Annual statistical returns and brief notes on vaccination in Bengal - 1887-1898
Year: 1887
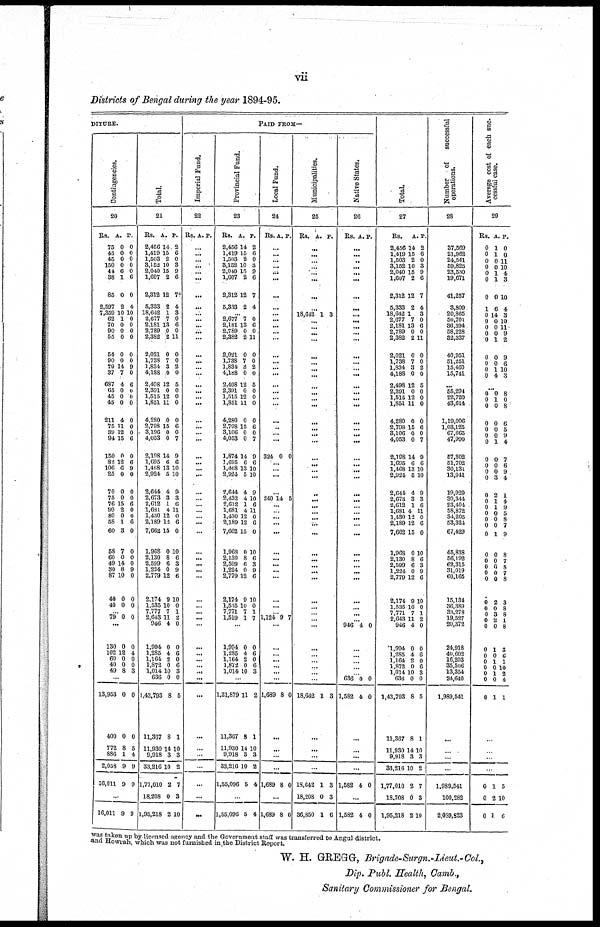
vii
Districts of Bengal during the year 1894-95.
DITURE.
Contingencies.
20
Rs.
75
45
45
150
44
38
85
2,597
7,359
62
70
90
55
54
90
79
37
687
65
45
45
211
75
39
94
150
82
106
25
70
75
76
99
80
58
60
58
60
49
30
87
40
40
A.
0
0
0
0
6
1
0
2
10
1
0
0
0
0
0
14
7
4
0
0
0
4
11
12
15
0
12
6
0
0
0
15
2
0
1
3
7
0
14
8
10
0
0
P.
0
0
0
0
0
6
0
4
10
0
0
0
0
0
0
9
0
6
0
0
0
0
0
0
6
0
6
9
0
0
0
6
0
0 6
0
0
0
0
9
0
0
0
... 79 0 0
...
130
102
60
40
49
0
12
0
0
8
0
4
0
0
3
...
13,953
400
772
886
2,038
16,011
0
0
8
1
9
9
0
0
5
4
9
9
...
16,011 9 9
Total.
21
Rs.
2,456
1,419
1,503
3,152
2,040
1,607
2,312
5,333
18,642
2,677
2,181
2,789
2,382
2,021
1,738
1,834
4,188
2,498
2,391
1,515
1,851
4,280
2,798
3,196
4,053
2,108
1,695
1,488
2,924
2,644
2,673
2,612
1,681
1,430
2,189
7,662
1,968
2,130
2,599
1,224
2,779
2,174
1,535
7,777
2,643
946
1,994
1,285
1,164
1,872
1,014
636
1,43,793
11,367
11,930
9,918
33,216
1,77,010
18,208
1,95,218
A.
14
15
2
10
15
2
12
2
1
7
13
0
2
0
7
3
0
12
0
12
11
0
15
0
0
14
6
13
5
4
3
1
4
12
12
15
0
8
6
0
12
9
10
7
11
4
0
4
2
0
10
0
8
8
14
3
10
2
0
2
P.
2
6
0
3
9
6
7†
4
3
0
6
0
11
0
0
2
0
5
0
0
0
0
6
0
7
9
6
10
10
9
3
6
11
0
6
0
10
6
3
9
6
10
0
1
2
0
0
6
0
6
3
0
5
1
10
3
2
7
3
10
PAID FROM—
Imperial Fund.
22
Rs. A. P.
...
...
...
...
... ...
...
...
...
...
...
...
...
...
...
...
...
...
...
...
...
...
...
...
...
...
...
...
...
...
...
...
...
...
...
...
...
...
...
...
...
...
...
...
...
...
...
...
...
...
...
...
...
...
...
...
...
...
...
...
Provincial Fund.
23
Rs.
2,456
1,419
1,503
3,152
2,040
1,607
2,312
5,333
A.
14
15
2
10
15
2
12
2
P.
2
6
0
3
9
6
7
4
... 2,677
2,181
2,789
2,382
2,021
1,738
l,834
4,188
2,498
2,391
1,515
1,851
4,280
2,798
3,106
4,053
1,874
1,695
1,468
2,924
2,644
2,432
2,612
1,681
1,430
2,189
7,662
1,968
2,130
2,599
1,224
2,779
2,174
1,535
7,771
1,519
7
13
0
2
0
7
3
0
12
0
12
11
0
15
0
0
14
6
13
5
4
4
1
4
12
12
15
0
8
6
0
12
9
10
7
1
0
6
0
11
0
0
2
0.
5
0
0
0
0
6
0
7
9
6
10
10
9
10
6
11
0
6
0
10
6
3
9
6
10
0
1
7
...
1,994
1,285
1,164
1,872
1,014
0
4
2
0
10
0
6
0
6
3
...
1,21,879
11,867
11,930
9,918
33,216
1,55,096
11
8
14
3
10
5
2
1
10
3
2
4
...
1,55,096 6 4
Local Fund.
24
Rs. A. P.
...
... ...
...
... ...
...
...
... ...
...
...
...
...
...
...
...
...
... ...
...
...
...
...
...
324 0 0
...
...
...
...
240 14 5
...
...
...
...
...
...
...
...
...
...
...
...
... 1,124 9 7
...
...
...
...
...
...
...
1,689 8 0
...
...
...
...
1,689 8 0
...
1,689 8 0
Municipalities.
25
Rs. A. P.
...
...
...
... ...
...
...
...
18,612 1 3
...
... ...
...
...
...
... ...
...
... ...
...
...
...
... ...
...
...
... ...
...
...
...
...
... ...
...
...
...
...
...
...
...
...
...
...
...
...
...
...
...
...
18,642 1 3
...
...
...
...
18,642
18,208
36,850
1
0
1
3
3
6
Native States.
26
Rs. A. P.
...
...
... ...
...
...
...
...
...
...
...
...
...
...
...
... ...
...
...
... ...
...
...
... ...
...
...
... ...
...
...
...
...
... ...
...
...
... ...
... ...
...
...
...
... 946 4 0
...
...
... ...
... 636
1,582
0
4
0
0
...
...
...
...
1,582 4 0
...
1,582 4 0
Total.
27
Rs.
2,456
1,419
1,503
3,152
2,040
1,607
2,312
5,333
18,642
2,677
2,181
2,789
2,382
2,021
1,738
1,834
4,188
2,498
2,391
1,515
1,851
4,280
2,798
3,106
4,053
2,198
1,695
1,468
2,924
2,644
2,673
2,612
1,681
1,430
2,189
7,662
1,968
2,130
2,599
1,224
2,779
2,174
1,535
7,771
2,643
946
1,994
1,285
1,164
1,872
1,014
636
1,43,793
11,867
11,930
9,918
83,216
1,77,010
18,208
1,95,218
A.
14
15
2
10
15
2
12
2
1
7
13
0
2
0
7
3
0
12
0
12
11
0
15
0
0
14
6
13
5
4
3
1
4
13
12
15
0
8
6
0
12
9
10
7
11
4
0
4
2
0
10
0
8
8
14
3
10
2
0
2
P.
2
6
0
3
9
6
7
4
3
0
6
0
11
0
0
2
0
5
0
0
0
0
6
0
7
9
6
10
10
9
3
6
11
0
6
0
10
6
3
9
6
10
0
1
2
0
0
6
0
6
3
0
5
1
10
3
2
7
3
10
Number
of
successful
operations.
28
37,569
21,962
24,541
59,825
23,530
19,671
41,257
8,809
20,865
50,701
36,394
58,228
32,337
40,961
51,251
15,460
15,741
...
55,294
22,720
43,614
1,19,006
1,03,125
67,665
47,990
57,302
51,702
30,131
13,941
19,929
30,344
23,404
58,872
34,205
53,324
67,429
45,838
56,192
62,315
31,019
60,165
15,134
36,389
33,278
19,527
20,372
24,918
40,602
16,203
35,506
13,354
24,640
1,989,541
...
...
...
...
1,989,541
100,282
2,089,823
Average cost of each suc-
cessful case.
29
Rs.
0
0
0
0
0
0
0
1
0
0
0
0
0
0
0
0
0
A.
1
1
0
0
1
1
0
6
14
0
0
0
1
0
0
1
4
P.
0
0
11
10
4
3
10
4
3
10
11
9
2
9
6
10
3
...
0
0
0
0
0
0
0
0
0
0
0
0
0
0
0
0
0
0
0
0
0
0
0
0
0
0
0
0
0
0
0
0
0
0
0
0
1
0
0
0
0
1
0
0
0
3
2
1
1
0
0
0
1
0
0
0
0
0
2
0
3
2
0
1
0
1
0
1
0
1
8 0
8
6
5
9
4
7
6
9
4
1
4
9
5
8
7
9
8
7
8
7
8
3
8 8
1
8
3
6
1
10
2
4
1
...
...
...
...
0
0
0
1
2
1
5
10
6
was taken up by licensed agency and the Government staff was transferred to Angul district.
and Howrah, which was not furnished in the District Report.
W. H. GREGG, Brigade-Surgn.-Lieut.-Col.,
Dip. Publ. Health, Camb.,
Sanitary Commissioner for Bengal.